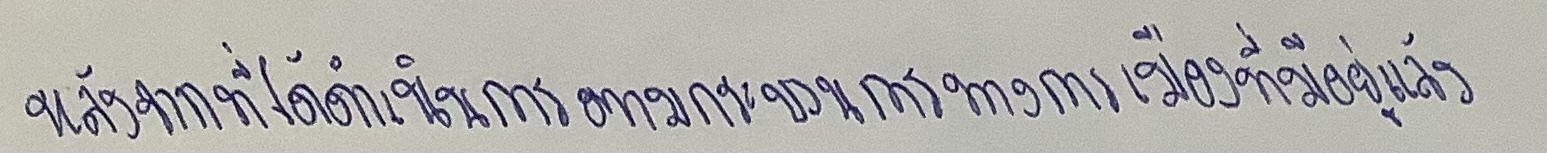
หลังจากที่ได้ดำเนินการตามกระบวนการทางการเมืองที่มีอยู่แล้ว